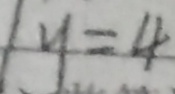
y = 4